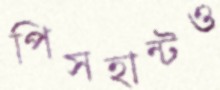
পিসহান্টও